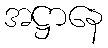
အဋ္ဌာနေ